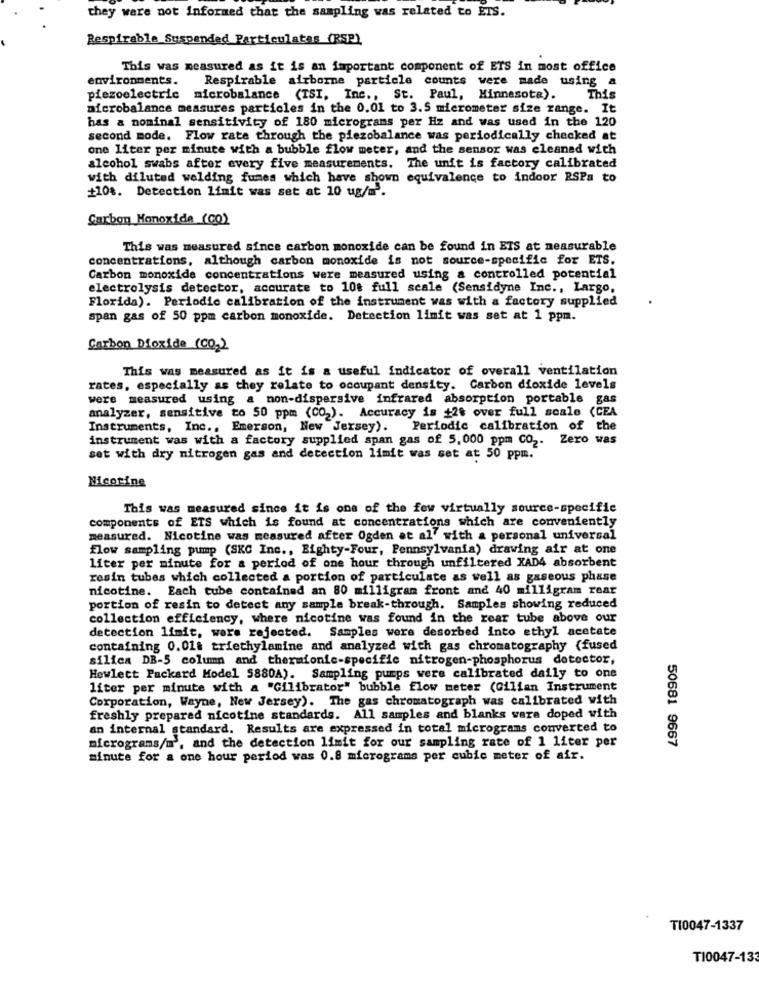
they were not informed that the sampling was related to ETS.
Respirable Suspended Particulatas (RSP)
This was measured as it is an important component of ETS in most office
environments.
Respirable airborne particle counts were made using a
piezoelectric microbalance (ISI, Inc ., St. Paul, Minnesota).
This
microbalance measures particles in the 0.01 to 3.5 micrometer size range. It
has a nominal sensitivity of 180 micrograms per Hz and was used in the 120
second mode. Flow rate through the piezobalance was periodically checked at
one liter per minute with a bubble flow meter, and the sensor was cleaned with
alcohol swabs after every five measurements. The unit is factory calibrated
with diluted welding fumes which have shown equivalence to indoor RSPa to
+10%. Detection limit was set at 10 ug/m.
Carbon Monoxide (CO)
This was measured since carbon monoxide can be found in ETS at measurable
concentrations, although carbon monoxide is not source-specific for ETS.
Carbon monoxide concentrations were measured using a controlled potential
electrolysis detector, accurate to 10% full scale (Sensidyne Inc ., Largo,
Florida). Periodic calibration of the instrument was with a factory supplied
span gas of 50 ppm carbon monoxide. Detection limit was set at 1 ppm.
Carbon Dioxide (CO2)
This was measured as it is a useful indicator of overall ventilation
rates, especially as they relate to occupant density. Carbon dioxide levels
were measured using a non-dispersive infrared absorption portable gas
analyzer, sensitive to 50 ppm (CO2). Accuracy is +2% over full scale (CEA
Instruments, Inc ., Emerson, New Jersey). Periodic calibration of the
instrument was with a factory supplied span gas of 5,000 ppm CO2. Zero was
set with dry nitrogen gas and detection limit was set at 50 ppm.
Nicotine
This was measured since it is one of the few virtually source-specific
components of ETS which is found at concentrations which are conveniently
measured. Nicotine was measured after Ogden at al' with a personal universal
flow sampling pump (SKC Inc ., Eighty-Four, Pennsylvania) drawing air at one
liter per minute for a period of one hour through unfiltered XAD4 absorbent
resin tubes which collected a portion of particulate as well as gaseous phase
nicotine. Each tube contained an 80 milligram front and 40 milligram rear
portion of resin to detect any sample break-through. Samples showing reduced
collection efficiency, where nicotine was found in the rear tube above our
detection limit, wors rejected. Samples were desorbed into ethyl acetate
containing 0.01& triethylamine and analyzed with gas chromatography (fused
silica DB-5 column and thermionic-specific nitrogen-phosphorus detector,
Hewlett Packard Model 5880A). Sampling pumps were calibrated daily to one
liter per minute with a "Gilibrator" bubble flow meter (Gilian Instrument
Corporation, Wayne, New Jersey). The gas chromatograph was calibrated with
freshly prepared nicotine standards. All samples and blanks wara doped with
an internal standard. Results are expressed in total micrograms converted to
micrograms/m', and the detection limit for our sampling rate of 1 liter per
50681 9667
minute for a one hour period was 0.8 micrograms per cubic meter of air.
TI0047-1337
T10047-133